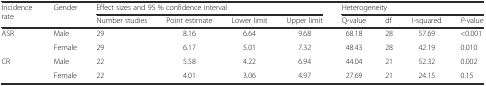
| <ROWSPAN=2> Incidence rate | <ROWSPAN=2> Gender | <COLSPAN=4> Effect sizes and 95 % confidence interval | <COLSPAN=4> Heterogeneity |
 | Number studies | Point estimate | Lower limit | Upper limit | Q-value | df | I-squared | P-value |
 | --- | --- | --- | --- | --- | --- | --- | --- | --- | --- |
 | <ROWSPAN=2> ASR | Male | 29 | 8.16 | 6.64 | 9.68 | 68.18 | 28 | 57.69 | <0.001 |
 | Female | 29 | 6.17 | 5.01 | 7.32 | 48.43 | 28 | 42.19 | 0.010 |
 | <ROWSPAN=2> CR | Male | 22 | 5.58 | 4.22 | 6.94 | 44.04 | 21 | 52.32 | 0.002 |
 | Female | 22 | 4.01 | 3.06 | 4.97 | 27.69 | 21 | 24.15 | 0.15 |